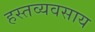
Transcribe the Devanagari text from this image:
हस्तव्यवसाय